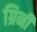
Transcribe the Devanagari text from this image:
ग्रिनी